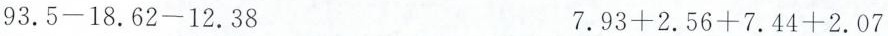
$$93.5-18.62-12.38$$ $$7.93+2.56+7.44+2.07